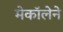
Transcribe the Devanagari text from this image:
मेकॉलेने